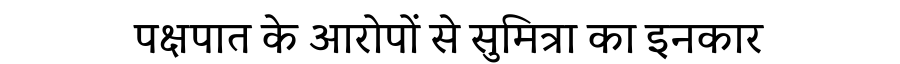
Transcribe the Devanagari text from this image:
पक्षपात के आरोपों से सुमित्रा का इनकार